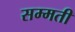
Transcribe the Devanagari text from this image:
सम्मती